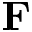
\mathbf { F }